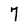
Character: 7